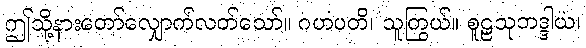
ဤသို့နားတော်လျှောက်လတ်သော်။ ဂဟပတိ၊ သူကြွယ်။ စူဠသုဘဒ္ဒါယ၊